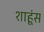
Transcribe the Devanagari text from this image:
शाहूंस